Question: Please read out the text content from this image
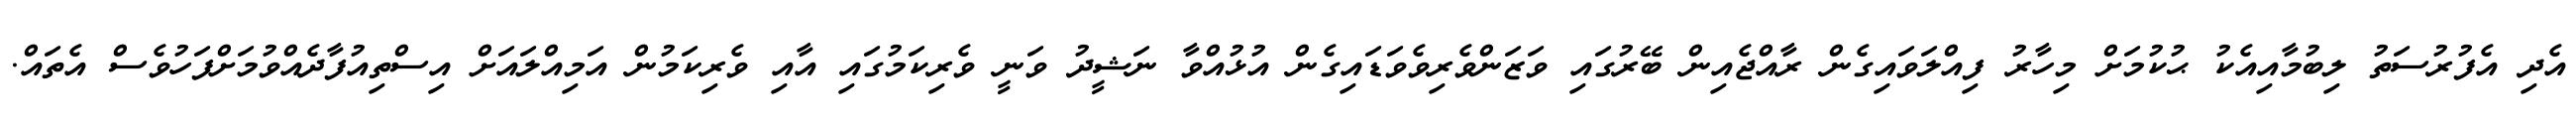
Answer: އެދި އެފުރުސަތު ލިބުމާއިއެކު ޙުކުމަށް މިހާރު ފިއްލަވައިގެން ރާއްޖެއިން ބޭރުގައި ވަޒަންވެރިވެވަޑައިގެން އުޅުއްވާ ނަޝީދު ވަނީ ވެރިކަމުގައި އާއި ވެރިކަމުން އަމިއްލައަށް އިސްތިއުފާދެއްވުމަށްފަހުވެސް އެތައް.